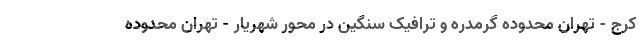
کرج - تهران محدوده گرمدره و ترافیک سنگین در محور شهریار - تهران محدوده